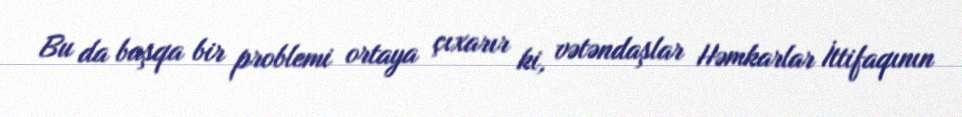
Bu da başqa bir problemi ortaya çıxarır ki, vətəndaşlar Həmkarlar İttifaqının